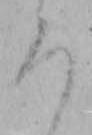
ろ